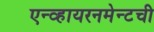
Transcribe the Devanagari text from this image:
एन्व्हायरनमेन्टची